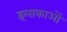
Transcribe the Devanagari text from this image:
इलाकाओं